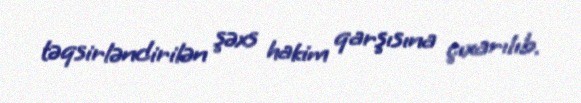
təqsirləndirilən şəxs hakim qarşısına çıxarılıb.